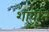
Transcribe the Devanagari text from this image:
शावति